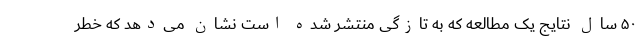
۵۰ سال نتایج یک مطالعه که به تازگی منتشر شده است نشان می‌دهد که خطر